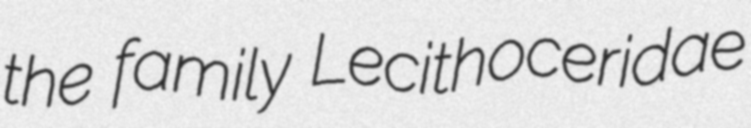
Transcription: the family Lecithoceridae